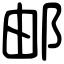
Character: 邮